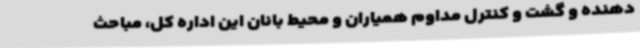
دهنده و گشت و کنترل مداوم همیاران و محیط بانان این اداره کل، مباحث